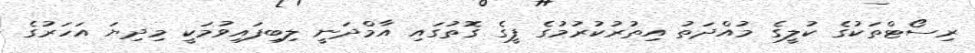
ރިސޯޓްތަކުގެ ކުލީގެ މުއްދަތު އިތުރުކުރުމުގެ ފީގެ ގޮތުގައި އާމްދަނީ ލިބިފައިވުމަކީ މިދިޔަ އަހަރުގެ